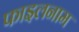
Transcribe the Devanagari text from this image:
फाइलनाम